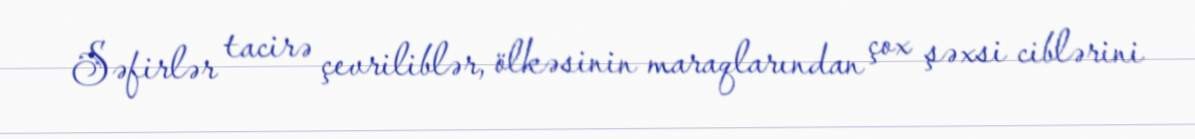
Səfirlər tacirə çevriliblər, ölkəsinin maraqlarından çox şəxsi ciblərini